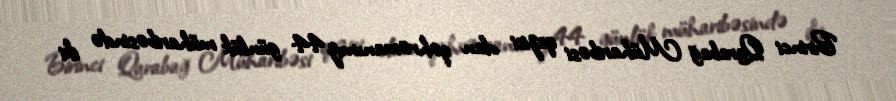
Birinci Qarabağ Müharibəsi qazisi olan qəhrəmanımız 44 günlük müharibəsində iki